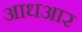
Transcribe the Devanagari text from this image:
आधआर